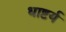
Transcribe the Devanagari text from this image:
धाष्टर्य